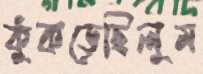
কুঁকড়েছিলুম